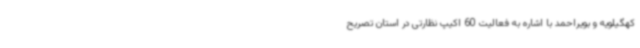
کهگیلویه و بویراحمد با اشاره به فعالیت 60 اکیپ نظارتی در استان تصریح